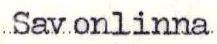
Savonlinna